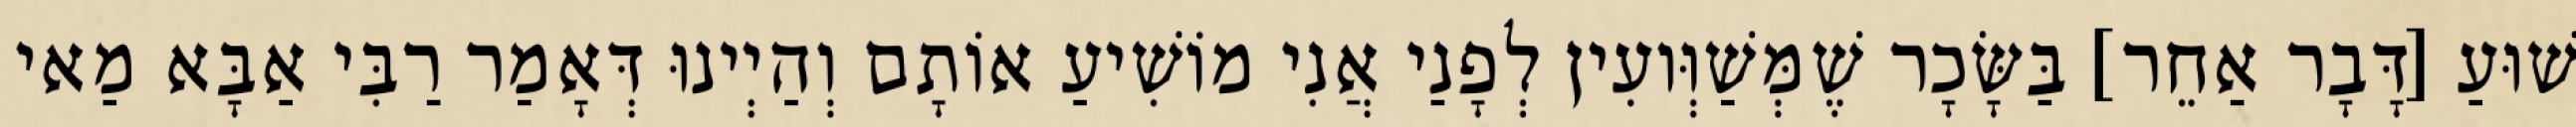
שׁוּעַ [דָּבָר אַחֵר] בַּשָּׂכָר שֶׁמְּשַׁוְּועִין לְפָנַי אֲנִי מוֹשִׁיעַ אוֹתָם וְהַיְינוּ דְּאָמַר רַבִּי אַבָּא מַאי